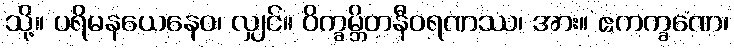
သို့။ ပရိမနယေနေဝ၊ လျှင်။ ဝိက္ခမ္ဘိတနီဝရဏဿ၊ အား။ ဧကက္ခဏေ၊